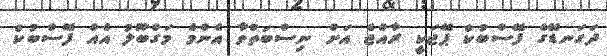
ދަގަނޑޭގެ ފޭސްބުކް ޕޭޖަކީ ރާއްޖެ އަށް ނިސްބަތްވާ އެންމެ މަގްބޫލު އެއް ފޭސްބުކް